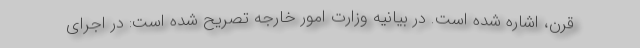
قرن، اشاره شده است. در بیانیه وزارت امور خارجه تصریح شده است: در اجرای